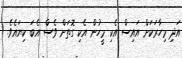
އަދި މިހާރަކަށް އައިސް އެކި މީހުން އެކި ގޮތަށް ވެސް އެބަ ކިޔައެވެ.